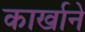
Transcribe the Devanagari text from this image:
कार्खाने